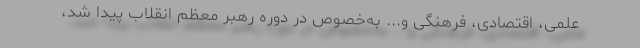
علمی، اقتصادی، فرهنگی و... به‌خصوص در دوره رهبر معظم انقلاب پیدا شد،